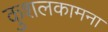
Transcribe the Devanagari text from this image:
कुशलकामना